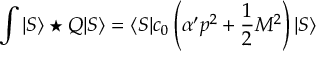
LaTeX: \int | S \rangle \star Q | S \rangle = \langle S | c _ { 0 } \left( \alpha ^ { \prime } p ^ { 2 } + \frac { 1 } { 2 } M ^ { 2 } \right) | S \rangle